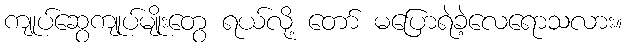
ကျုပ်ဆွေကျုပ်မျိုးတွေ ရယ်လို့ တော် မပြောရဲခဲ့လေရောသလား။